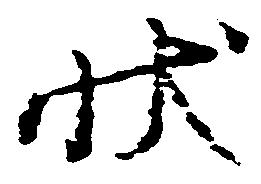
状